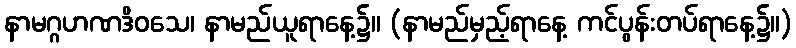
နာမဂ္ဂဟဏဒိဝသေ၊ နာမည်ယူရာနေ့၌။ (နာမည်မှည့်ရာနေ့ ကင်ပွန်းတပ်ရာနေ့၌။)